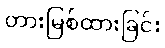
တားမြစ်ထားခြင်း